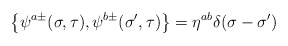
\begin{align*}\left\{ \psi ^{a\pm }(\sigma ,\tau ),\psi ^{b\pm }({\sigma }^{\prime },\tau)\right\} =\eta ^{ab}\delta (\sigma -{\sigma }^{\prime })\end{align*}